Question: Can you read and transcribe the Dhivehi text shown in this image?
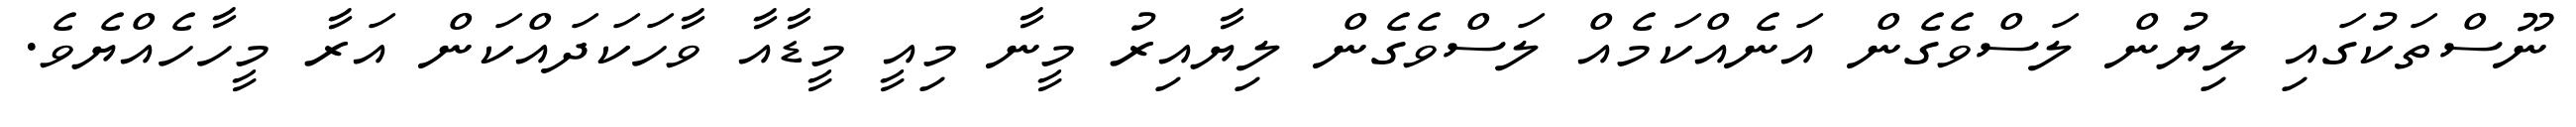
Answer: ނޫސްތަކުގައި ލިޔުން ލަސްވެގެން އަނެއްކަމެއް ލަސްވެގެން ލިޔާއިރު މީނާ މިއީ މީޑާއާ ވާހަކަދައްކަން އަރާ މީހާހެއްޔެވެ.